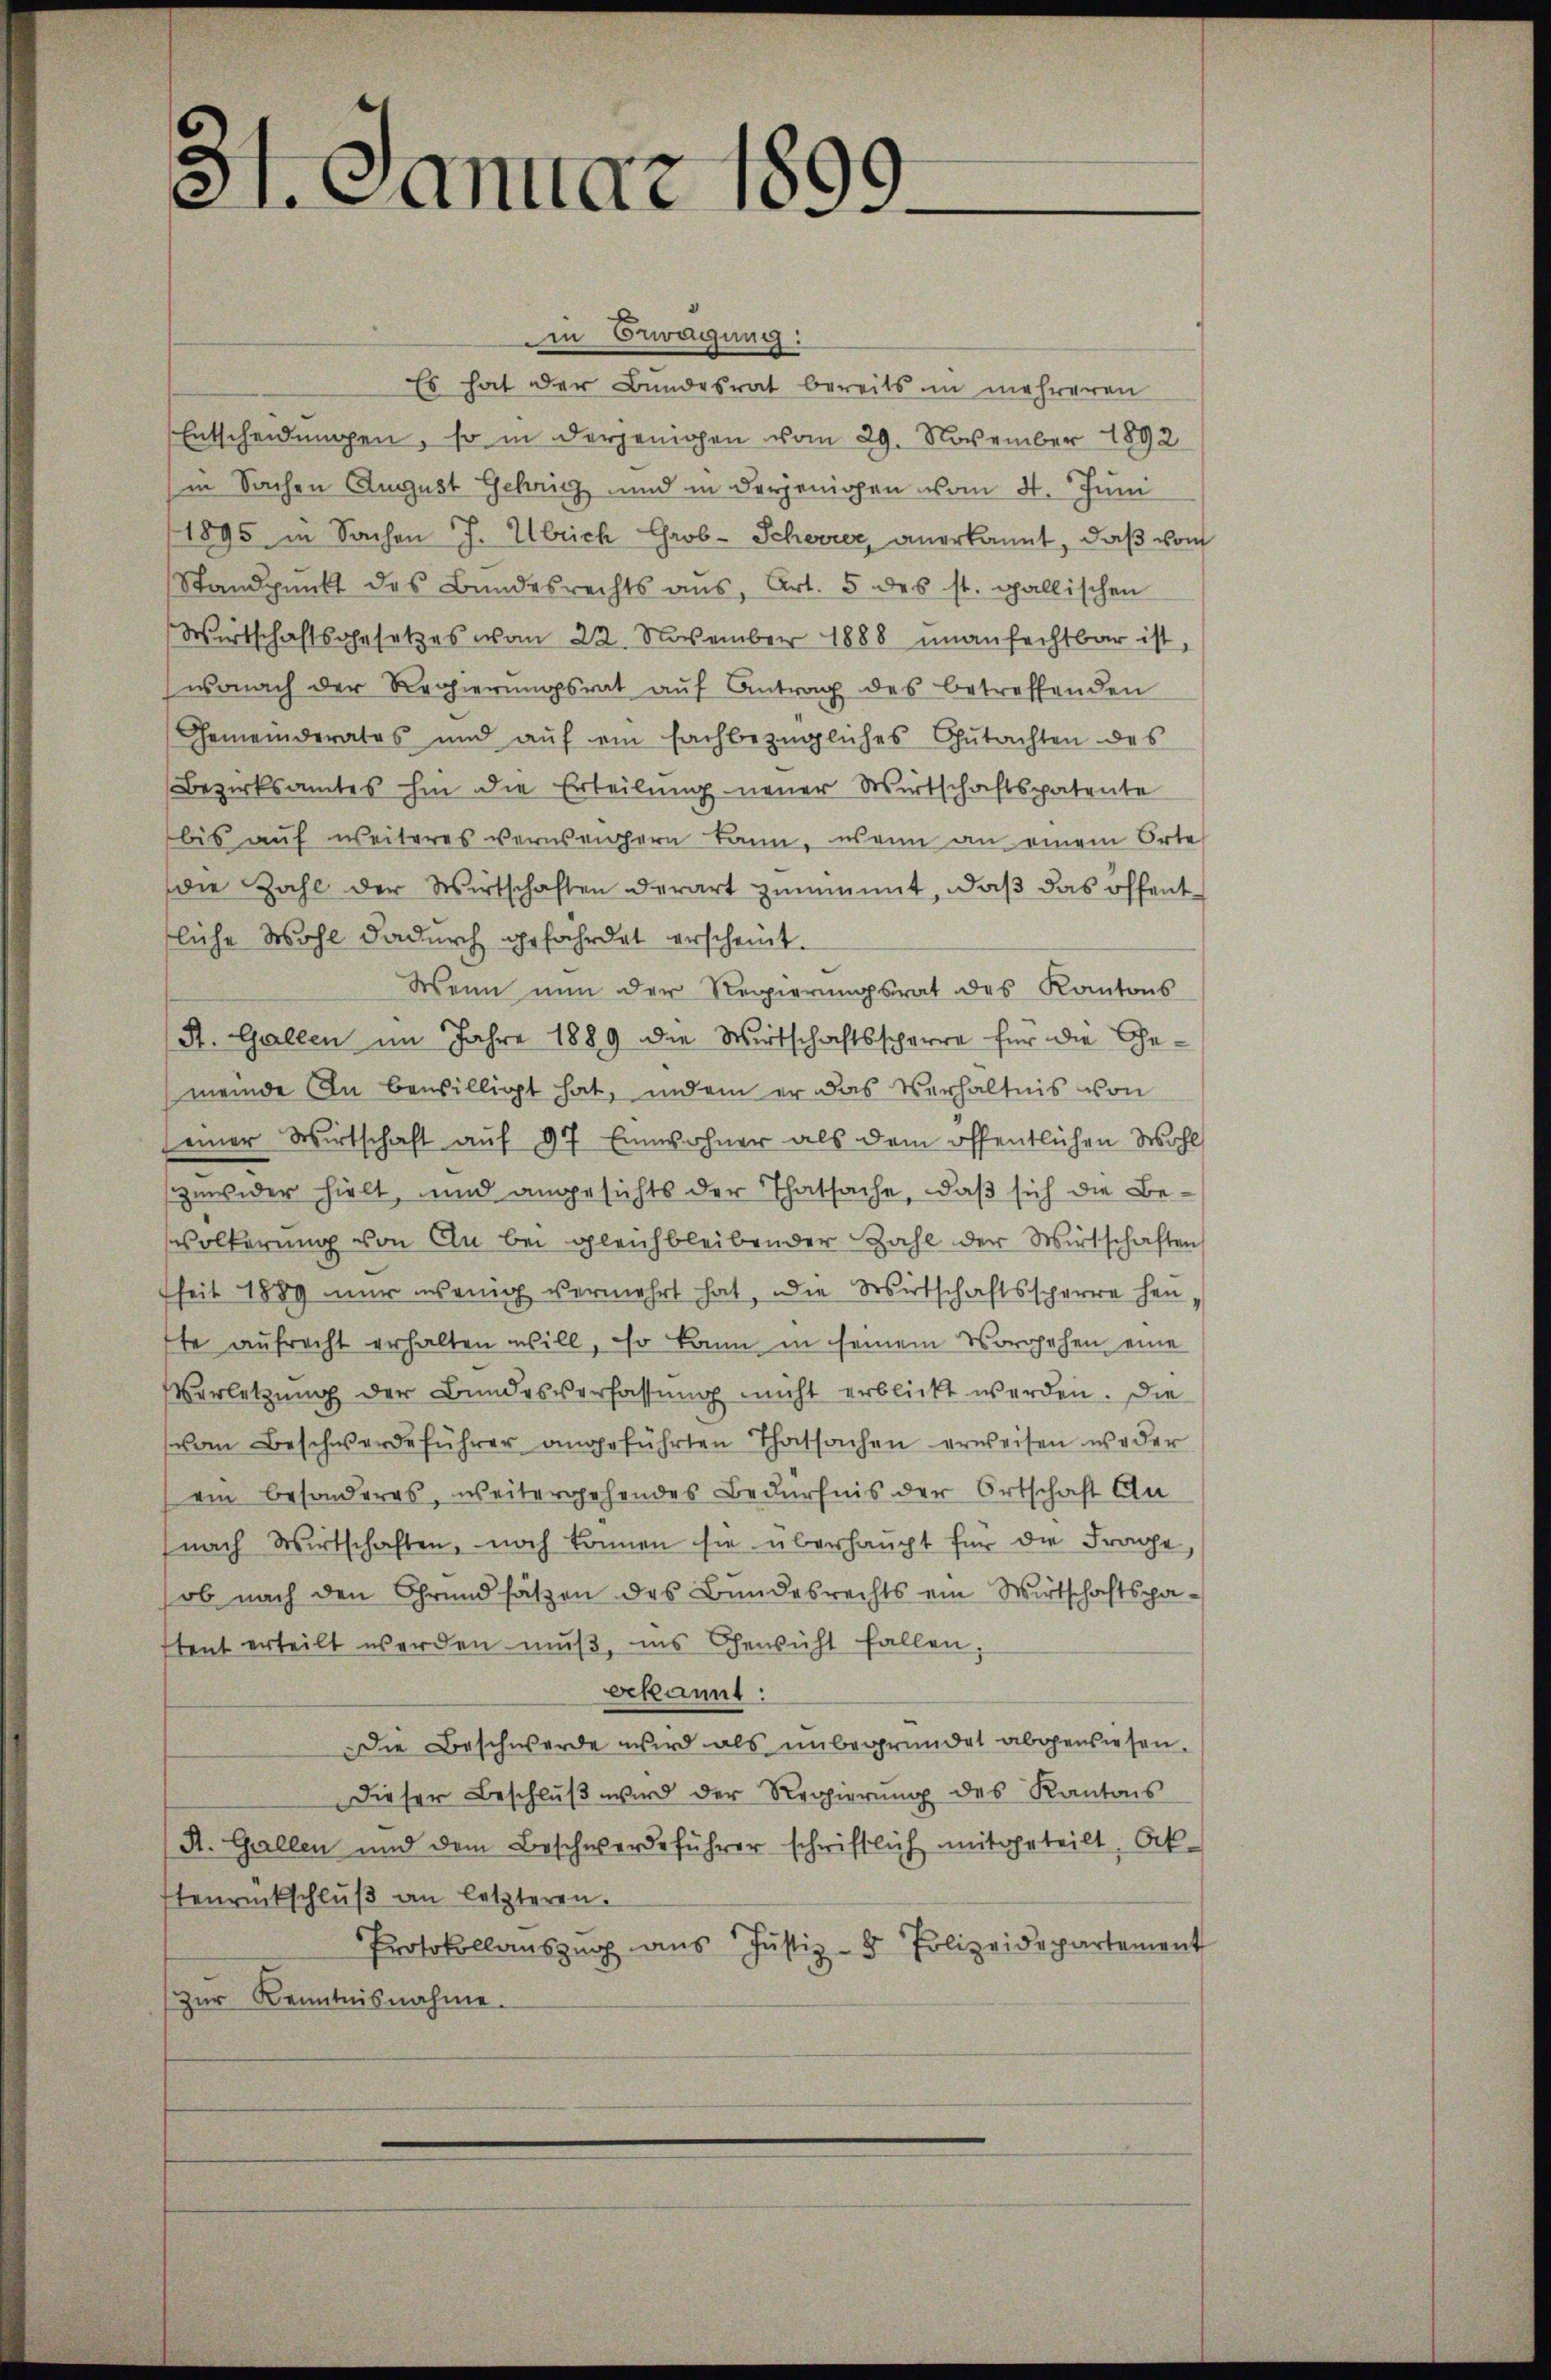
31. Januar 1

in Bewegung:
Es hat der Bundesrat bereits in mehreren
Entscheidungen, so in derjenigen vom 29. November 1892
in Sachen August Gehricz und in derjenigen vom 4. Juni
1895 in Sachen J. Übrich Grob- Scheerer, anerkannt, daß vom
Standpunkt des Bundesrechts aŭs, Art. 5 des st. gallischen
Wirtschaftsgesetzes vom 22. November 1888 unanfechtbar ist,
wonach der Regierŭngsrat aŭf Antrag des betreffenden
Gemeinderates und aŭf ein fachbezügliches Gutachten des
Bezirksamtes hin die Erteilŭng neuer Wirtschaftspatente
bis auf weiteres versehern kann, wenn an einem Orte
die Zahl der Wirtschaften derart zunimmt, daβ das öffent-
liche Wohl dadurch gefährdet erscheint.
Wenn nun der Regierungsrat des Kantons
St. Gallen im Jahre 1889 die Wirtschaftsscharre für die Gemeinde In bewilligt hat, indem er das Verhältnis von
einer Wirtschaft auf 97 Einwohner als dem öffentlichen Wohl
zuwider hielt, und angesichts der Thatsache, daß sich die Bevölkerung von Ain bei gleichbleibender Zahl der Wirtschaften
seit 1889 nur wenig vermehrt hat, die Wirtschaftssperre hen,
te aufrecht erhalten will, so kann in seinem Vorgehen eine
Verletzŭng der Bundesverfassŭng nicht erblickt werden. Die
vom Beschwerdeführer angeführten Thatsachen erweisen weder
ein besonderes, weitergehendes Bedürfnis der Ortschaft An
nach Wirtschaften, noch können sie überhaupt für die Frage,
ob nach den Grundsätzen des Bundesrechts ein Wirtschaftspa-
tent erteilt werden muß, ins Gewicht fallen
bekannt:
Die Beschwerde wird als unbegründet abgewiesen.
Dieser Beschlŭβ wird der Regierŭng des Kantons
A. Gallen und dem Beschwerdeführer schriftlich mitgeteilt, Ok-
tenrückschlŭβ an letzteren.
Protokollaŭszŭg aŭs Justiz- & Polizeidepartement
zur Kenntnisnahme.